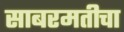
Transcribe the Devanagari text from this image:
साबरमतीचा